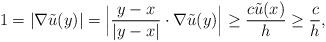
LaTeX: \begin{align*}1=|\nabla \tilde{u}(y)|=\Big|\frac{y-x}{|y-x|}\cdot\nabla\tilde{u}(y)\Big|\geq\frac{c\tilde{u}(x)}{h}\geq\frac{c}{h},\end{align*}